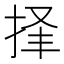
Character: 𪭲